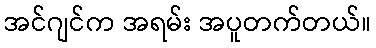
အင်ဂျင်က အရမ်း အပူတက်တယ်။